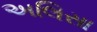
અલિસા